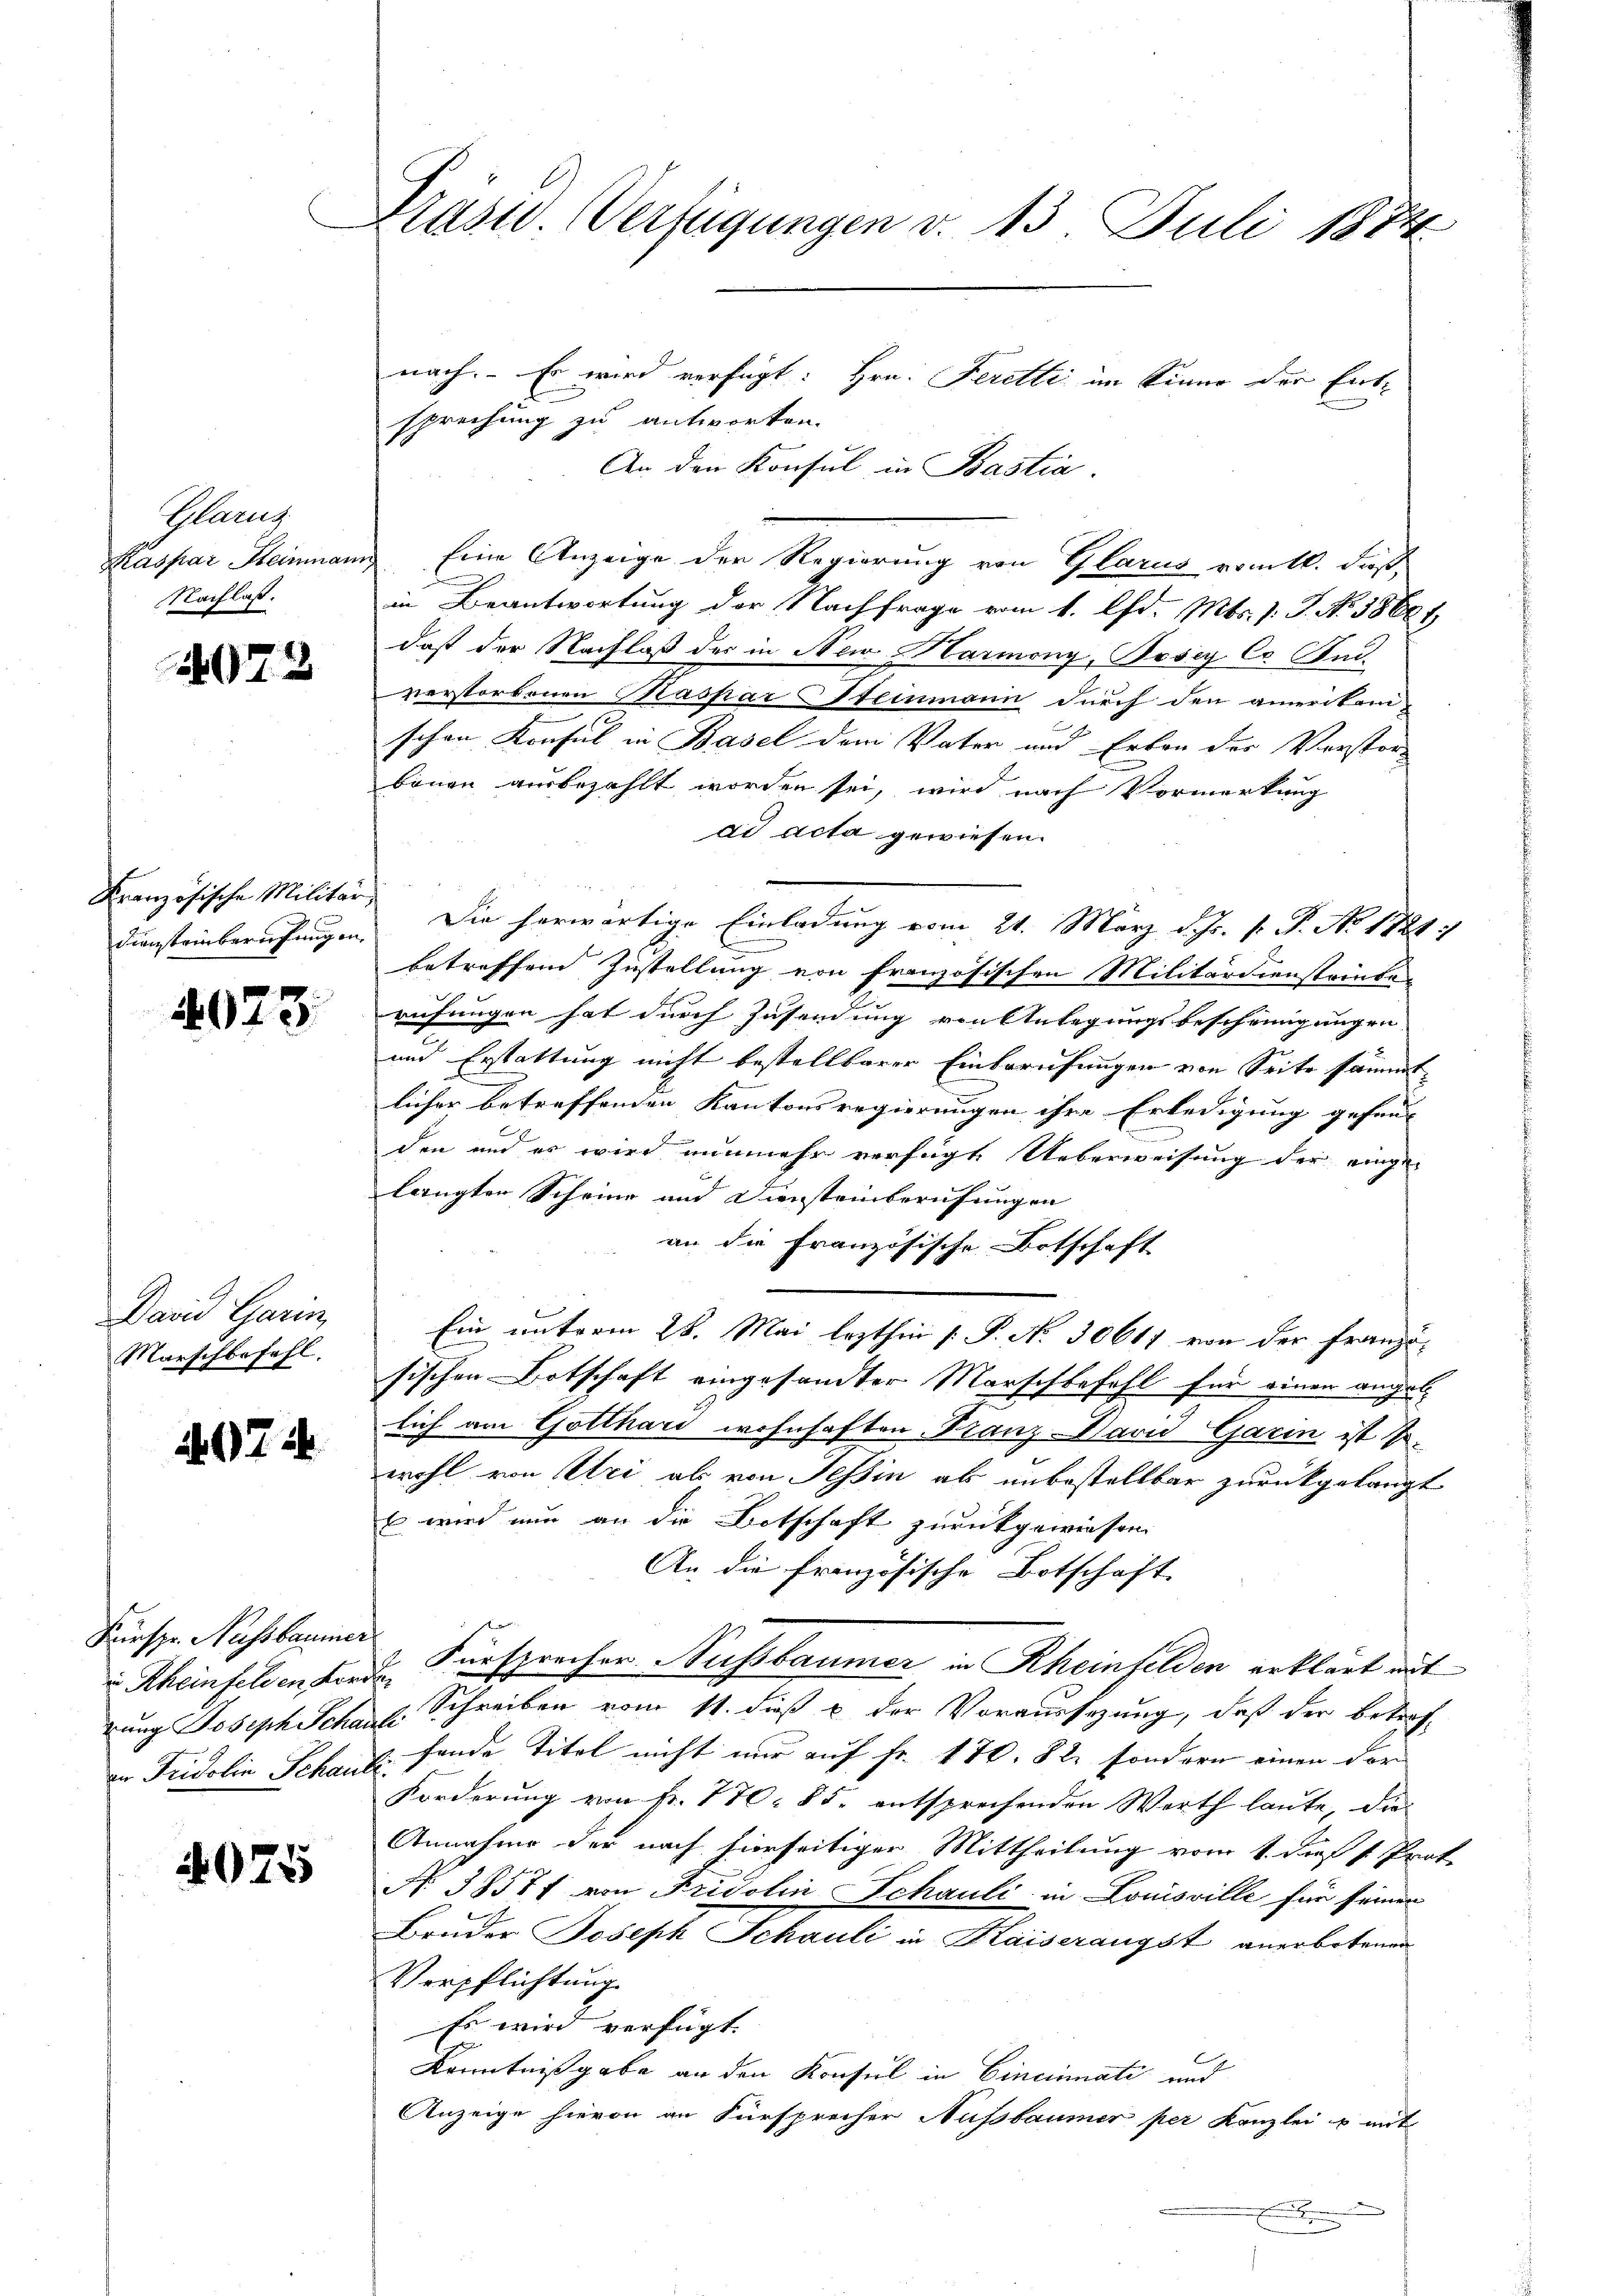
Glarus
Kaspar Heimann.
Nachlaß.

4073

Kranzösische Militär,
Diensteinberufungen

4073.

David Garin,
Marschbefehl.

972

Furspr. Nussbaume
u Rheinfelden der
rung Joseph Scha
in Fridolin Schau

4025

Präsid. Verfügungen v. 13. Juli 1874

sprechung zu antworten.
An den Konsul in Bastia.
 Eine Anzeige der Regierung von Glarus vom 11. dieß,
in Beantwortung der Nachfrage vom 1. Chr. Mts. v. J. No. 38681
daß der Nachlaß des in New Harmony, Posiy Co. And.
verstorbenen Kaspar Steinmann durch den amerikane
schon Konsul in Basel dem Vater und Erben der Verstorbönen ausbezahlt worden sei, wird nach Vormerkung
ad acta gewiesen.
Die herwärtige Einladung vom 21. März d. Js. v. P. No 1881 :
betreffend Zustellung von französischen Militärdienstrieben
rufungen hat durch Zusendung von Anlegungsbeschringungen
und Erstattung nicht bestellbarer Einberufungen von Seite sämmt
licher betreffenden Kantonsregierungen ihre Erledigung gefund
den und er wird nunmehr verfügt Ueberweisung der eingelangten Scheine und Diensteinberufungen
an die Französische Botschaft
Ein unterm 28. Mai lezthin [ P. No. 30611 von der Französischen Botschaft eingesandter Marschbefehl für einen angele
lich am Gotthard wohnhaften Franz-David Garin ist sowohl von Uri als von Tessin als unbestellbar zurückgelangt
E wird nun an die Botschaft zurückgewiesen.
An die französische Botschaft
7. Fürsprecher Nussbaumer in Rheinfelden erklärt mit
. Schreiben vom 11. dieß u. der Voraussezung, daß der betref-
fende Titel nicht nur auf Fr. 170. 82. sondern einen der
Forderung von Nr. 770. 85. entsprechenden Werth laute, die-
Annahme der nach hierseitiger Mittheilung vom 1. dieß v. Prot
No. 38571 von Fridolin Schauli in Louisville für seiner
Bruder Joseph Schauli in Kaiserangst anerbotenen
Verpflichtung
Es wird verfügt:
Kenntnißgabe an den Konsul in Cincinati und
Anzeige hievon an Fürsprecher Aussbaumer per Kanzlei & mit

nach. Es wird verfügt: Hrn. Ferette im Sinne der Ent¬